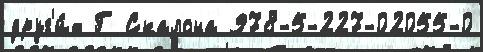
друг'и́х Г Скалона 978-5-227-02055-0